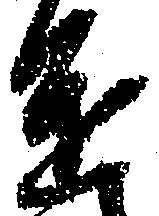
進